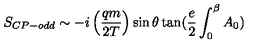
S _ { C P - o d d } \sim - i \left( \frac { q m } { 2 T } \right) \sin \theta \tan ( \frac { e } { 2 } \int _ { 0 } ^ { \beta } A _ { 0 } )